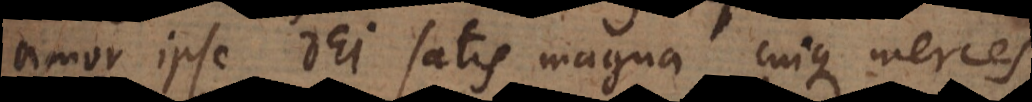
amor ipse Dei satis magna cuique merces